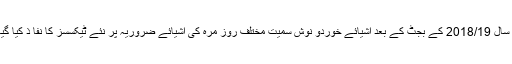
مالی سال 2018/19 کے بجٹ کے بعد اشیائے خوردو نوش سمیت مختلف روز مرہ کی اشیائے ضروریہ پر نئے ٹیکسسز کا نفا ذ کیا گیاہے۔